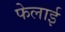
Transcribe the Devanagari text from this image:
फेलाई